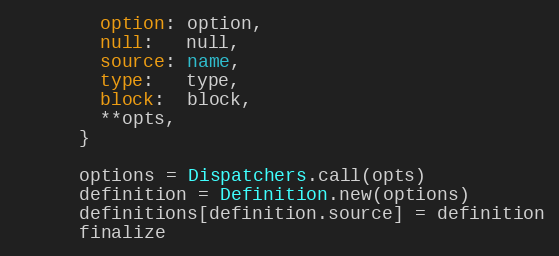
Language: Ruby
        option: option,
        null:   null,
        source: name,
        type:   type,
        block:  block,
        **opts,
      }

      options = Dispatchers.call(opts)
      definition = Definition.new(options)
      definitions[definition.source] = definition
      finalize